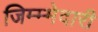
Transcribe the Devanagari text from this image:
जिम्म्मेदारी